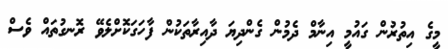
މީގެ އިތުރުން ގައުމީ އިނާމް ދެމުން ގެންދިޔަ ދާއިރާތަކުން ފާހަގަކޮށްލެވޭ ރޮނގުތައް ވެސް